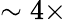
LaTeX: \sim 4\times